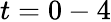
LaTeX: t=0-4